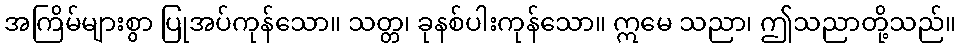
အကြိမ်များစွာ ပြုအပ်ကုန်သော။ သတ္တ၊ ခုနစ်ပါးကုန်သော။ ဣမေ သညာ၊ ဤသညာတို့သည်။